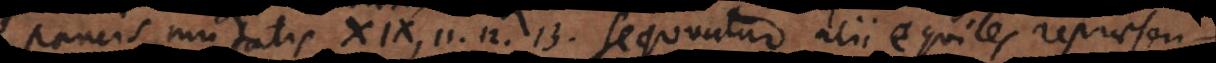
cis mutatis XIX, 11, 12, 13. Sequuntur alii equites repraesen